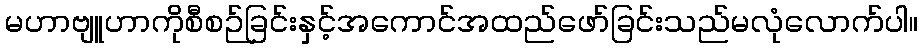
မဟာဗျူဟာကိုစီစဉ်ခြင်းနှင့်အကောင်အထည်ဖော်ခြင်းသည်မလုံလောက်ပါ။